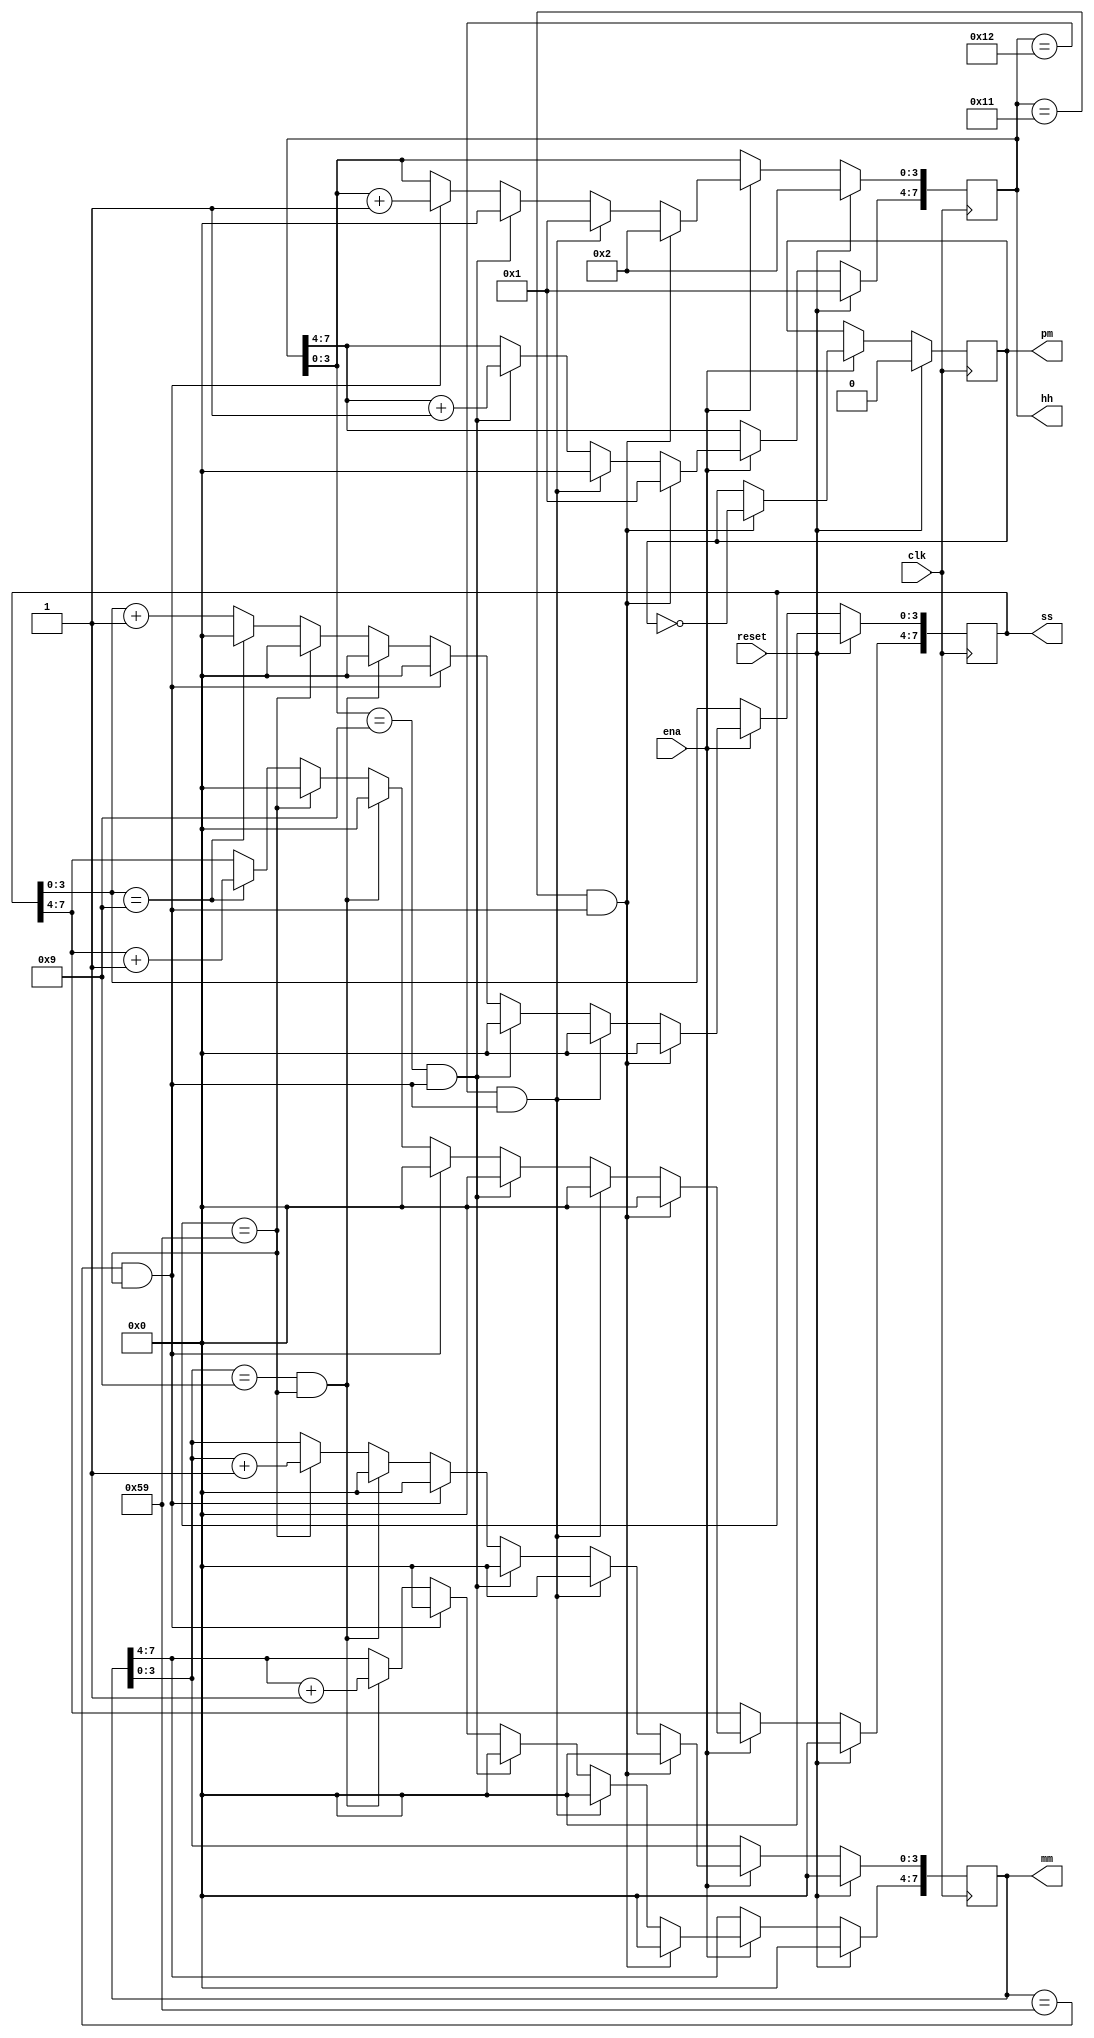
module top_module(
    input clk,
    input reset,
    input ena,
    output pm,
    output [7:0] hh,
    output [7:0] mm,
    output [7:0] ss
); 

    wire s2s, m2m, h2h;
    wire s2m, m2h, ap2ap;
    wire ap2pa;
    
    assign s2s = ss[3:0] == 4'h9;				// ??:??:?9		   -> ??:??:10
    assign s2m = ss == 8'h59;					// ??:??:59		   -> ??:?1:00
    assign m2m = mm[3:0] == 4'h9 && s2m;		// ??:?9:59		   -> ??:10:00
    assign m2h = mm == 8'h59 && s2m;			// ??:59:59		   -> ?1:00:00
    assign h2h = hh[3:0] == 4'h9 && m2h;		// ?9:59:59		   -> 10:00:00
    assign ap2ap = hh == 8'h12 && m2h;			// 12:59:59 am/pm  -> 01:00:00 am/pm
    assign ap2pa = hh == 8'h11 && m2h;			// 11:59:59 am/pm  -> 12:00:00 pm/am
    
    always @(posedge clk) begin
        if (reset) pm <= 1'b0;
        else if (ena) pm <= ap2pa ? ~pm : pm;
    end
    
    always @(posedge clk) begin
        if (reset) begin
            hh <= 8'h12; 
            mm <= 8'h0;
            ss <= 8'h0;
        end
        else if (ena) begin
            ss[3:0] <= ss[3:0] + 1'b1;
            
            // hh
            if (ap2pa) begin
                hh <= 8'h12;
                mm <= '0;
                ss <= '0;
            end
            else if (ap2ap) begin
                hh <= 8'h1;
                mm <= '0;
                ss <= '0;
            end
            else if (h2h) begin
                hh[7:4] <= hh[7:4] + 1'b1;
                hh[3:0] <= '0;
                mm <= '0;
                ss <= '0;
            end
            
            // mm to hh
            else if (m2h) begin
                hh[3:0] <= hh[3:0] + 1'b1;
                mm <= '0;
                ss <= '0;
            end
            else if (m2m) begin
                mm[7:4] <= mm[7:4] + 1'b1;
                mm[3:0] <= '0;
                ss <= '0;
            end
            
            // ss to mm
            else if (s2m) begin
                mm[3:0] <= mm[3:0] + 1'b1;
                ss <= '0;
            end
            else if (s2s) begin
                ss[7:4] <= ss[7:4] + 1'b1;
                ss[3:0] <= '0;
            end
        end
    end
endmodule